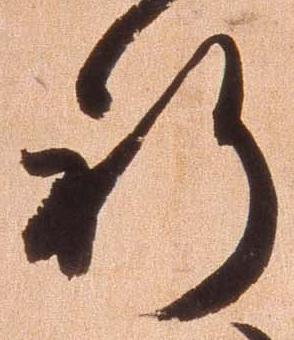
祈